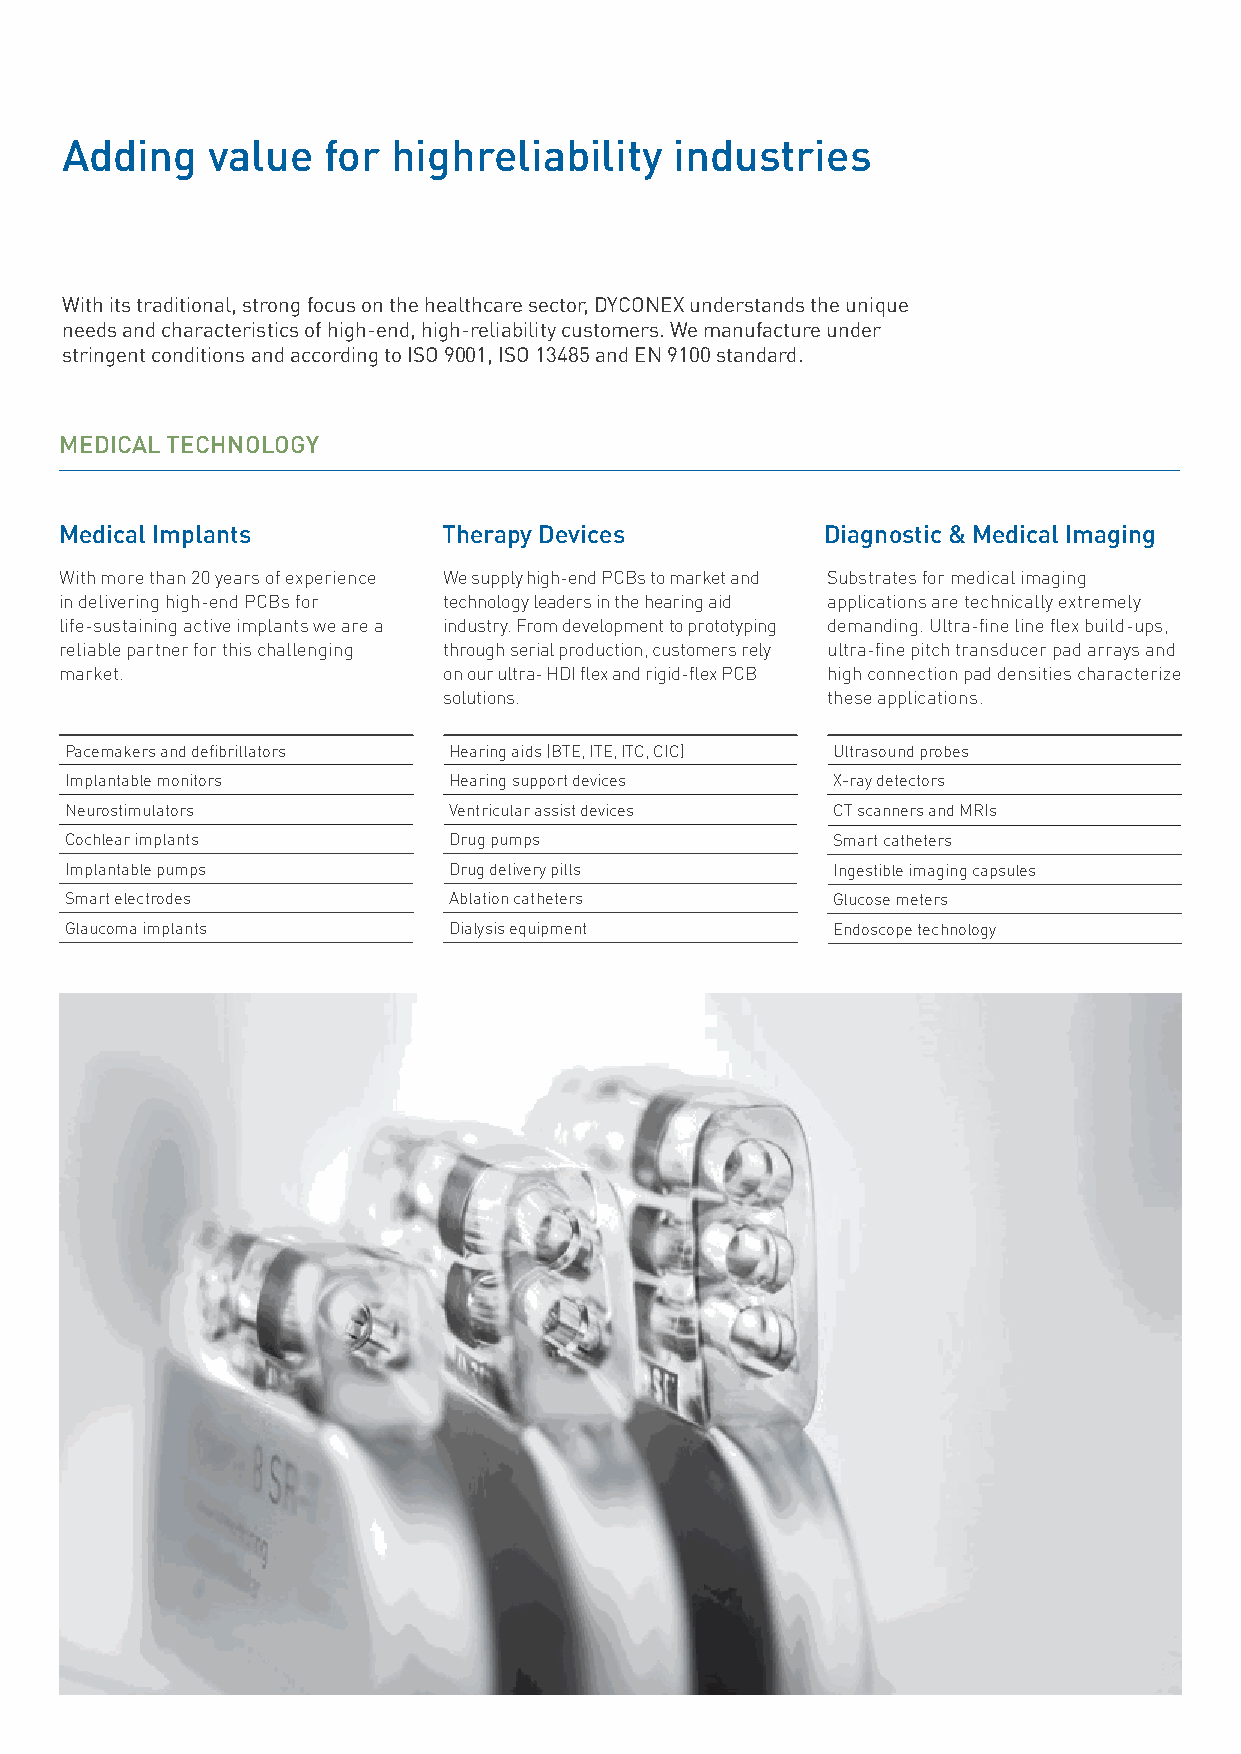
Adding    value  for  highreliability    industries
 With its traditional, strong focus on the healthcare sector, DYCONEX understands the unique
 needs and characteristics of high-end, high-reliability customers. We manufacture under
 stringent conditions and according to ISO 9001, ISO 13485 and EN 9100 standard.
 MEDICAL TECHNOLOGY
 Medical Implants         Therapy Devices           Diagnostic & Medical Imaging
 With more than 20 years of experience We supply high-end PCBs to market and Substrates for medical imaging
 in delivering high-end PCBs for technology leaders in the hearing aid applications are technically extremely
 life-sustaining active implants we are a industry. From development to prototyping demanding. Ultra-fine line flex build-ups,
 reliable partner for this challenging through serial production, customers rely ultra-fine pitch transducer pad arrays and
 market.                  on our ultra- HDI flex and rigid-flex PCB high connection pad densities characterize
 solutions.                these applications.
 Pacemakers and defibrillators Hearing aids (BTE, ITE, ITC, CIC) Ultrasound probes
 Implantable monitors      Hearing support devices  X-ray detectors
 Neurostimulators          Ventricular assist devices CT scanners and MRIs
 Cochlear implants         Drug pumps               Smart catheters
 Implantable pumps         Drug delivery pills      Ingestible imaging capsules
 Smart electrodes          Ablation catheters       Glucose meters
 Glaucoma implants         Dialysis equipment       Endoscope technology